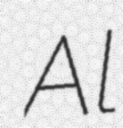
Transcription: Al